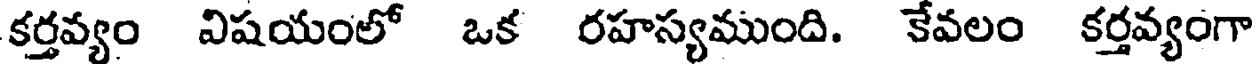
కర్తవ్యం విషయంలో ఒక రహస్యముంది. కేవలం కర్తవ్యంగా